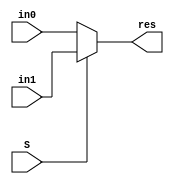
module mux2_1_new(res, in0, in1, S);

    output res;
    input in0, in1;
    input S;

    wire S_n;

    assign res = S ? in1:in0;

endmodule